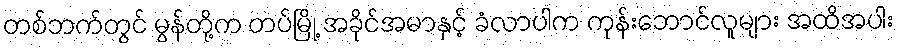
တစ်ဘက်တွင် မွန်တို့က တပ်မြို့ အခိုင်အမာနှင့် ခံလာပါက ကုန်းဘောင်လူများ အထိအပါး